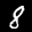
Label: 8